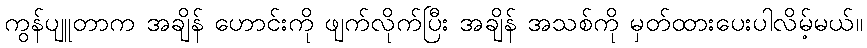
ကွန်ပျူတာက အချိန် ဟောင်းကို ဖျက်လိုက်ပြီး အချိန် အသစ်ကို မှတ်ထားပေးပါလိမ့်မယ်။